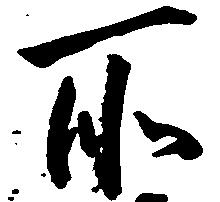
所